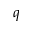
{ q }